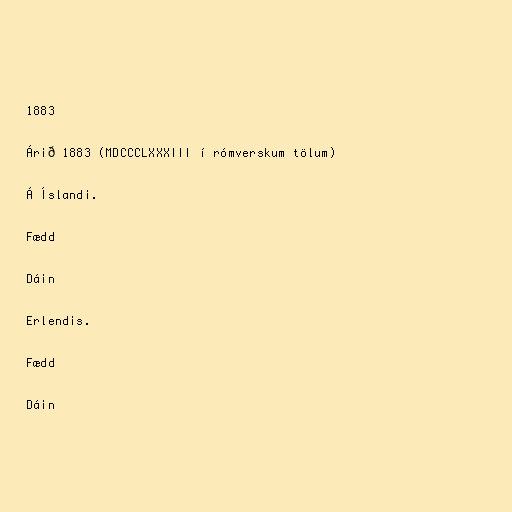
1883

Árið 1883 (MDCCCLXXXIII í rómverskum tölum)

Á Íslandi.

Fædd

Dáin

Erlendis.

Fædd

Dáin